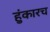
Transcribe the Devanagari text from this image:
हुंकारच